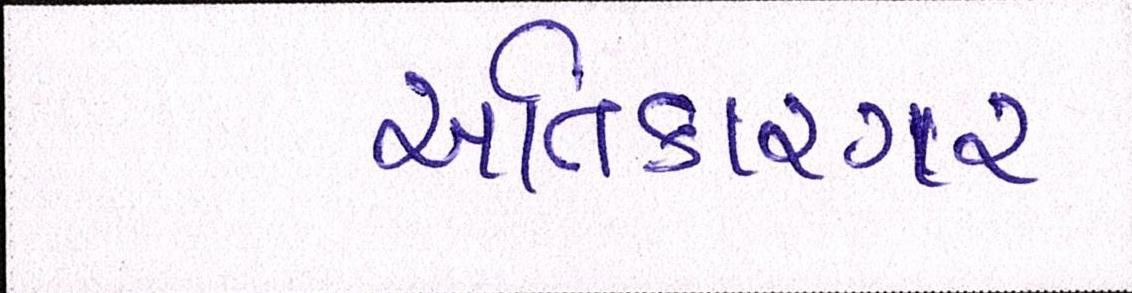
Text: અતિકારગર